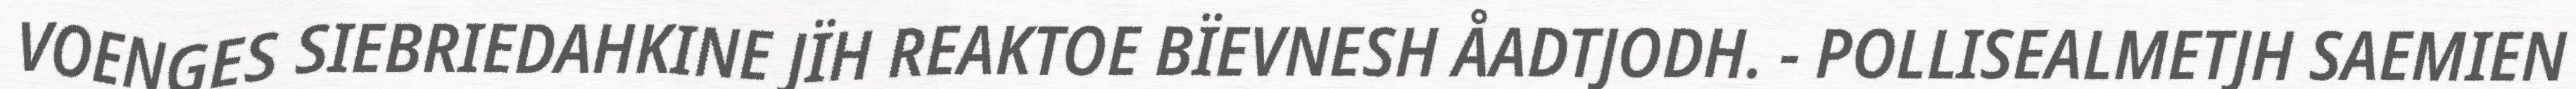
VOENGES SIEBRIEDAHKINE JÏH REAKTOE BÏEVNESH ÅADTJODH. - POLLISEALMETJH SAEMIEN